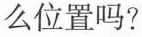
么位置吗?